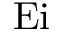
\mathrm { E i }